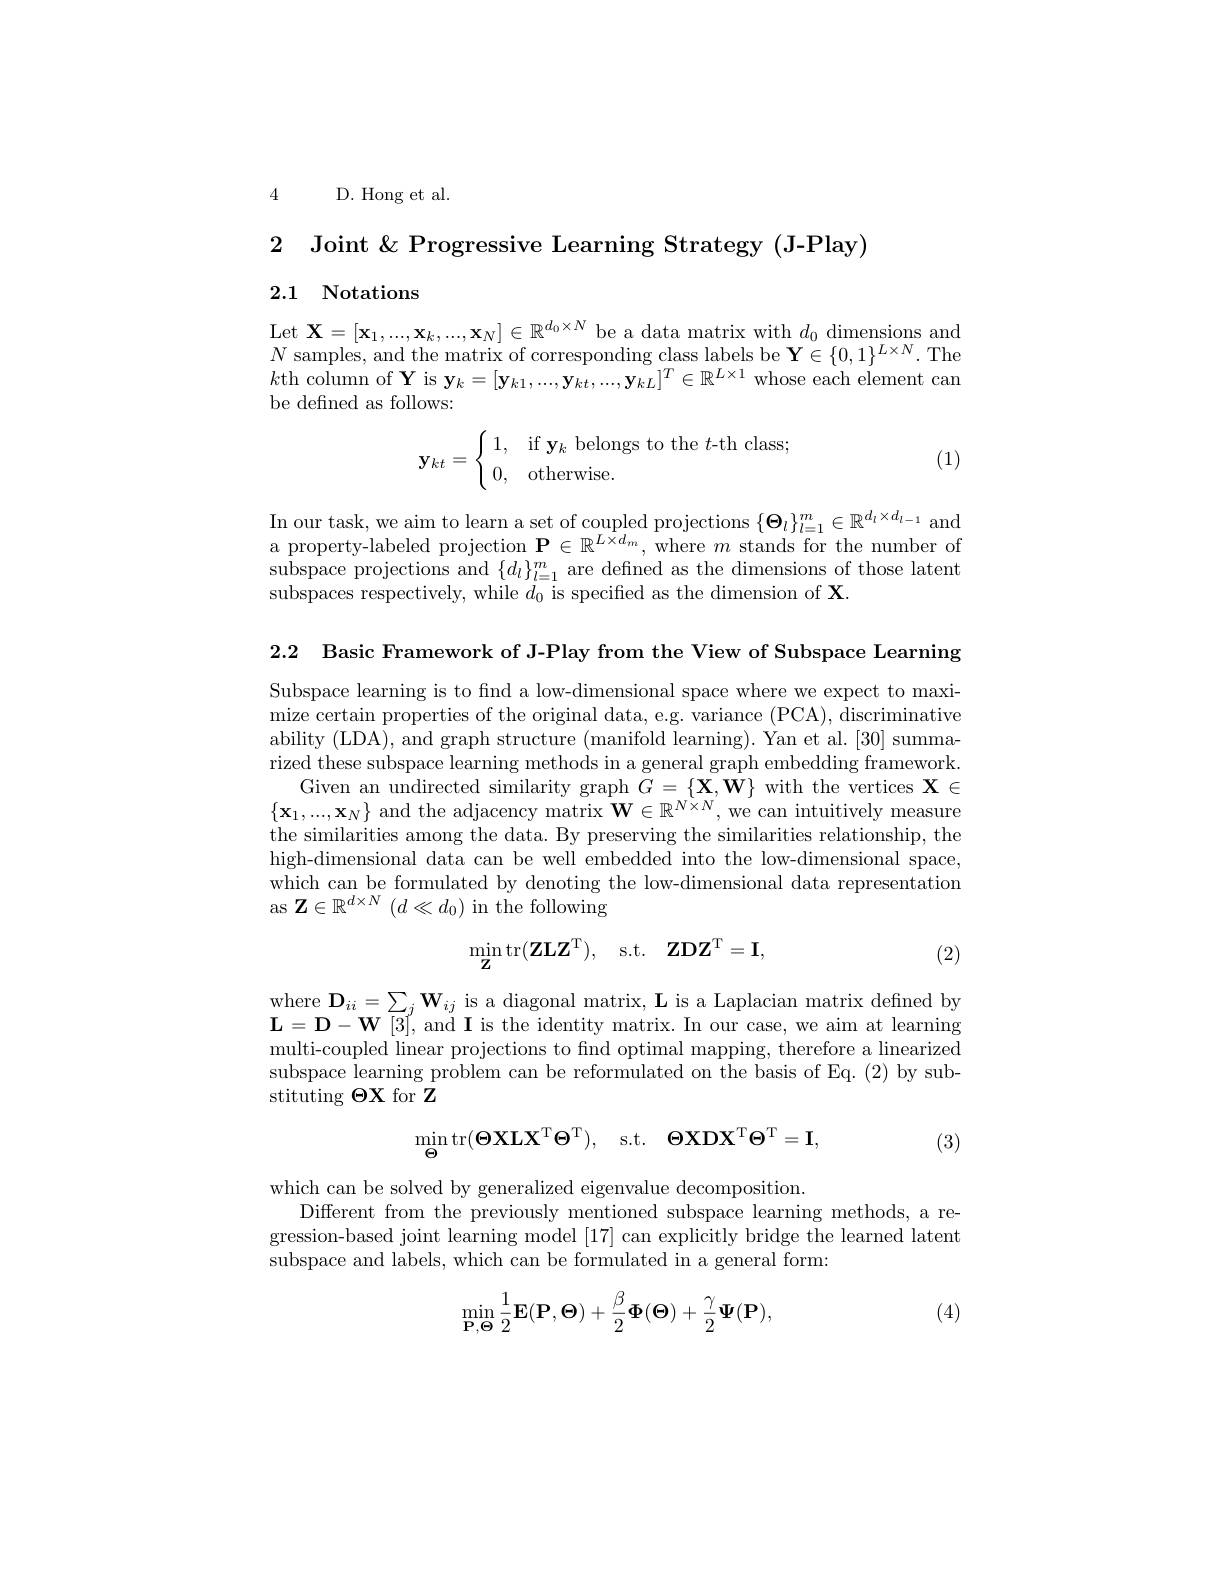
4 D. Hong et al.

2 Joint &Progressive Learning Strategy (J-Play)
2.1 Notations

$\begin{array}{l}\mathrm{Let~X=[x_1,...,x_k,...,x_N]\in\mathbb{R}^{d_0\times N}~be~a~data~matrix~with~}d_0~\mathrm{dimensions~and}\\N~\mathrm{samples,~and~the~matrix~of~corresponding~class~labels~be~Y\in\{0,1\}^{L\times N}.~The}\end{array}$ $k$th column of Y is $\mathbf{y}_k=[\mathbf{y}_{k1},...,\mathbf{y}_{kt},...,\mathbf{y}_{kL}]^T\in\mathbb{R}^{L\times1}$ whose each element can be defined as follows:
$$\mathbf{y}_{kt}=\begin{cases}\:1,&\text{if }\mathbf{y}_k\text{belongs to the }t\text{-th class};\\\:0,&\text{otherwise}.\end{cases}$$
(1)

In our task, we aim to learn a set of coupled projections $\{\Theta_l\}_l=1^m\in\mathbb{R}^{d_l\times d_{l-1}}$ and a property-labeled projection $\mathbf{P}\in\mathbb{R}^{\hat{L\times d_m}}$,where $m$ stands for the number of subspace projections and $\{d_l\}_l=1^m$ are defined as the dimensions of those latent subspaces respectively, while $d_0$ is specified as the dimension of X.

2.2 Basic Framework of J-Play from the View of Subspace Learning

Subspace learning is to find a low-dimensional space where we expect to maximize certain properties of the original data, e.g. variance (PCA), discriminative ability (LDA), and graph structure (manifold learning). Yan et al. [30] summarized these subspace learning methods in a general graph embedding framework.
Given an undirected similarity graph $G=\{\mathbf{X},\mathbf{W}\}$ with the vertices $\mathbf{X}\in$ $\{\mathbf{x}_1,...,\mathbf{x}_N\}$ and the adjacency matrix $\mathbf{W}\in\mathbb{R}^{N\times N}$, we can intuitively measure the similarities among the data. By preserving the similarities relationship, the high-dimensional data can be well embedded into the low-dimensional space, which can be formulated by denoting the low-dimensional data representation as $\mathbf{Z}\in\mathbb{R}^d\times N$ $(d\ll d_0)$ in the following
$$\min_\mathbf{Z}\mathrm{tr}(\mathbf{ZLZ}^\mathrm{T}),\quad\mathrm{s.t.}\quad\mathbf{ZDZ}^\mathrm{T}=\mathbf{I},$$
(2)

$\begin{array}{l}\mathrm{where~D}_{ii}=\sum_{j}\mathbf{W}_{ij}\text{ is a diagonal matrix, L is a Laplacian matrix defined by}\\\mathbf{L}=\mathbf{D}-\mathbf{W}[3],\mathrm{~and~I~is~the~identity~matrix.~In~our~case,~we~aim~at~learning}\end{array}$ multi-coupled linear projections to find optimal mapping, therefore a linearized subspace learning problem can be reformulated on the basis of Eq. (2) by substituting $\Theta\mathbf{X}$ for Z
$$\min_{\boldsymbol{\Theta}}\mathrm{tr}(\boldsymbol{\Theta XLX}^\mathrm{T}\boldsymbol{\Theta}^\mathrm{T}),\quad\mathrm{s.t.}\quad\boldsymbol{\Theta XDX}^\mathrm{T}\boldsymbol{\Theta}^\mathrm{T}=\mathbf{I},$$
(3)

which can be solved by generalized eigenvalue decomposition.
Different from the previously mentioned subspace learning methods, a regression-based joint learning model [17] can explicitly bridge the learned latent subspace and labels, which can be formulated in a general form:
$$\min_{\mathbf{P},\mathbf{\Theta}}\frac{1}{2}\mathbf{E}(\mathbf{P},\mathbf{\Theta})+\frac{\beta}{2}\mathbf{\Phi}(\mathbf{\Theta})+\frac{\gamma}{2}\mathbf{\Psi}(\mathbf{P}),$$
(4)